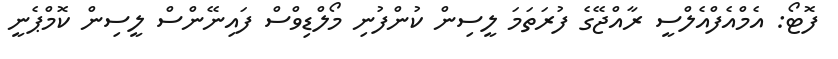
ފޮޓޯ: އެމްއެފްއެލްސީ ރާއްޖޭގެ ފުރަތަމަ ލީސިން ކުންފުނި މޯލްޑިވްސް ފައިނޭންސް ލީސިން ކޮމްޕެނީ